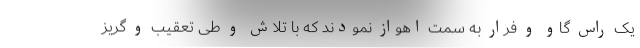
یک راس گاو و فرار به سمت اهواز نمودند که با تلاش و طی تعقیب و گریز